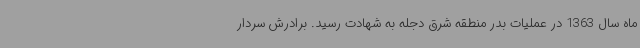
ماه سال 1363 در عملیات بدر منطقه شرق دجله به شهادت رسید. برادرش سردار